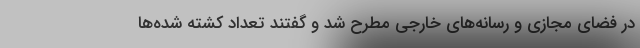
در فضای مجازی و رسانه‌های خارجی مطرح شد و گفتند تعداد کشته شده‌ها